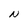
Character: N